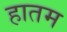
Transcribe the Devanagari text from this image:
हातम